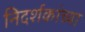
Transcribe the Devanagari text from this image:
निदर्शकांच्या